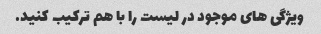
ویژگی های موجود در لیست را با هم ترکیب کنید.